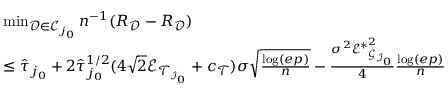
\begin{array} { r l } & { \operatorname* { m i n } _ { \mathcal { D } \in \mathscr { C } _ { j _ { 0 } } } n ^ { - 1 } ( R _ { \mathcal { D } } - R _ { \mathcal { D } } ) } \\ & { \leq \widehat { \tau } _ { j _ { 0 } } + 2 \widehat { \tau } _ { j _ { 0 } } ^ { 1 / 2 } ( 4 \sqrt { 2 } \mathscr { E } _ { \mathcal { T } _ { \mathcal { I } _ { 0 } } } + c _ { \mathcal { T } } ) \sigma \sqrt { \frac { \log ( e p ) } { n } } - \frac { \sigma ^ { 2 } { \mathscr { E } ^ { * } } _ { \mathcal { G } _ { \mathcal { I } _ { 0 } } } ^ { 2 } } { 4 } \frac { \log ( e p ) } { n } } \end{array}